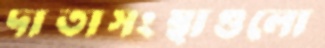
দাতাসংস্থাগুলো